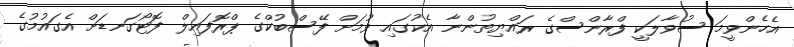
އެހެންވީމަ ސުވާލަކީ ފްރާންސްގެ ރައްޔިތުންނާ އެކުގައި ވުމަށް ފޭސްބުކްގެ ޕްރޮފައިލް ފޮޓޯގަނޑަށް އެގައުމުގެ